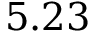
5 . 2 3